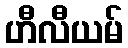
ဟီလီယမ်